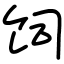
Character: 饲